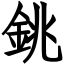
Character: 銚